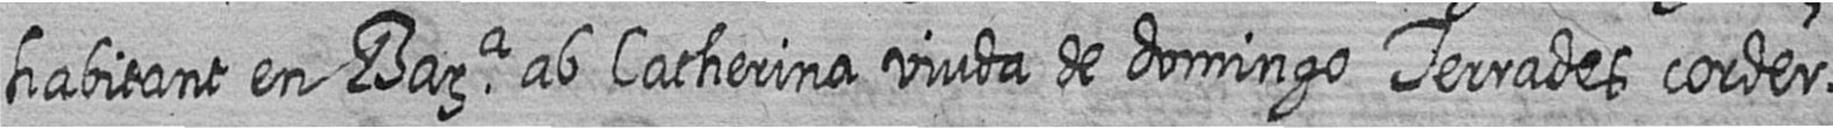
habitant en Bara ab Catherina viuda de domingo Terrades corder